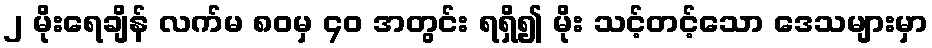
၂ မိုးရေချိန် လက်မ ၈၀မှ ၄၀ အတွင်း ရရှိ၍ မိုး သင့်တင့်သော ဒေသများမှာ